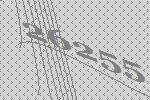
26255